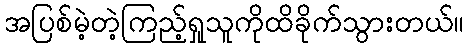
အပြစ်မဲ့တဲ့ကြည့်ရှုသူကိုထိခိုက်သွားတယ်။